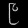
Digit: ၉